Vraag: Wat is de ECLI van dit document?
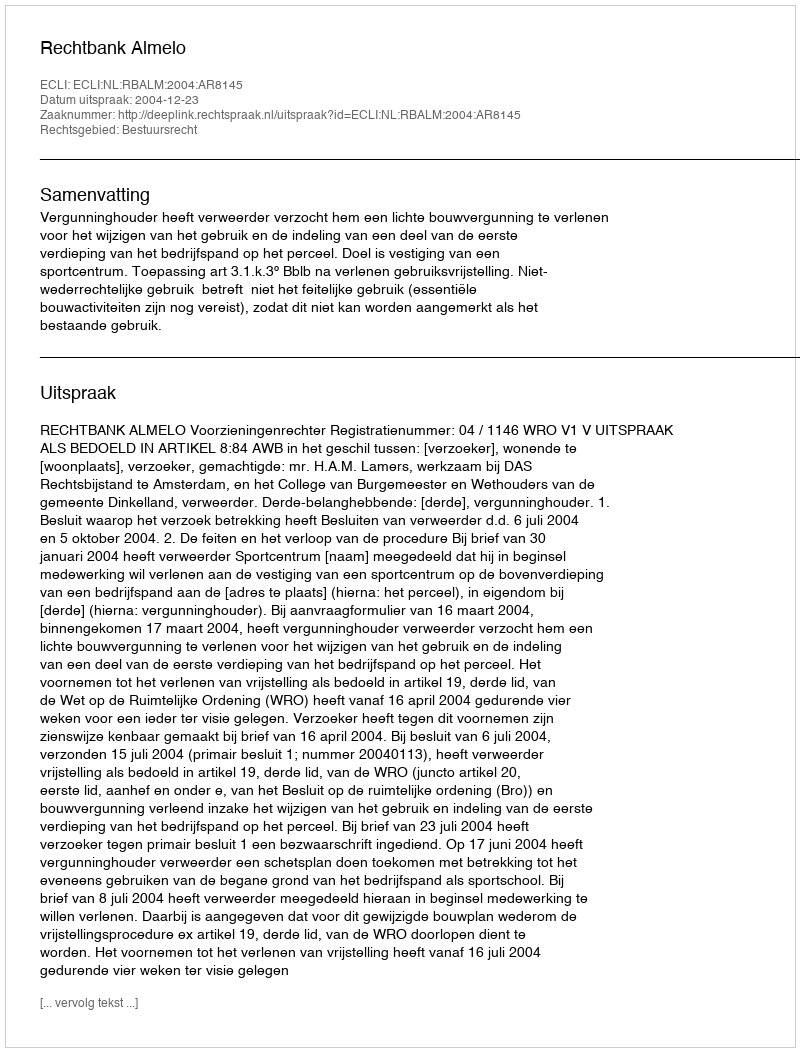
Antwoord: ECLI:NL:RBALM:2004:AR8145